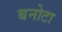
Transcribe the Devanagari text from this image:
बनोटा